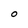
Character: O